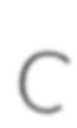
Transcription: C